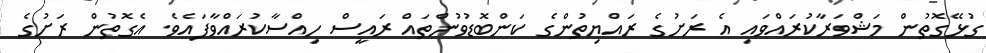
ގުޅޭގޮތުން މަޝްވަރާކުރައްވައި އެ ރަށުގެ ރައްޔިތުންގެ ކަންބޮޑުވުންތައް ރައީސް ހިއްސާކުރައްވާފައެވެ. އެގޮތުން ރަށުގެ